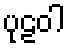
ပုဠဝါ